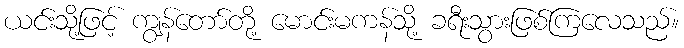
ယင်းသို့ဖြင့် ကျွန်တော်တို့ မောင်းမကန်သို့ ခရီးသွားဖြစ်ကြလေသည်။